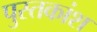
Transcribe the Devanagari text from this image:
पुस्तकांश